Annual report of the Punjab Veterinary College and of the Civil Veterinary Department, Punjab - 1894-1908
Year: 1894
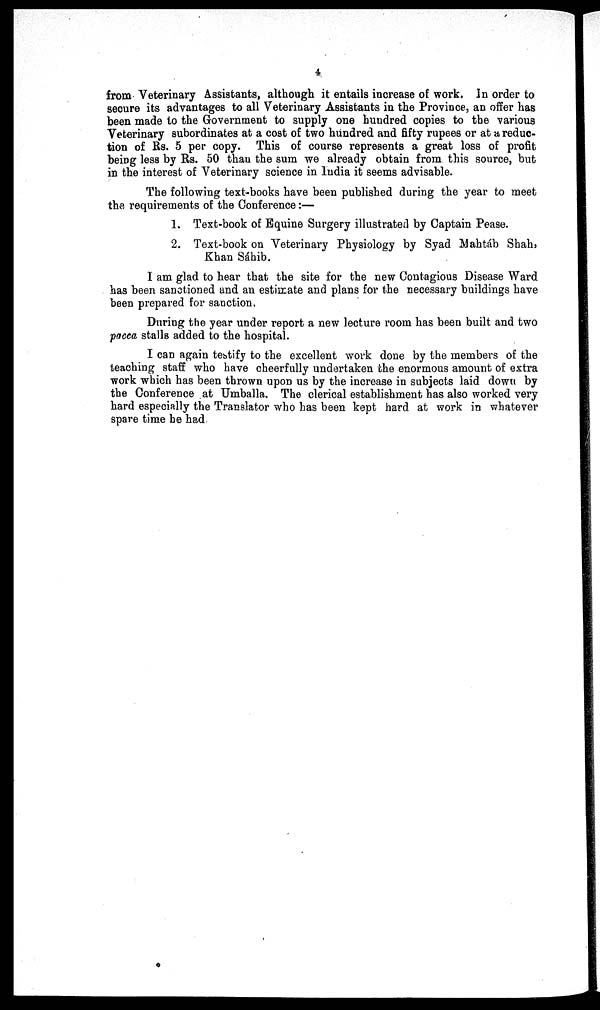
4
from Veterinary Assistants, although it entails increase of work. In order to
secure its advantages to all Veterinary Assistants in the Province, an offer has
been made to the Government to supply one hundred copies to the various
Veterinary subordinates at a cost of two hundred and fifty rupees or at a reduc-
tion of Rs. 5 per copy. This of course represents a great loss of profit
being less by Rs. 50 than the sum we already obtain from this source, but
in the interest of Veterinary science in India it seems advisable.
The following text-books have been published during the year to meet
the requirements of the Conference:—
1. Text-book of Equine Surgery illustrated by Captain Pease.
2. Text-book on Veterinary Physiology by Syad Mahtáb Shah,
Khan Sáhib.
I am glad to hear that the site for the new Contagious Disease Ward
has been sanctioned and an estimate and plans for the necessary buildings have
been prepared for sanction.
During the year under report a new lecture room has been built and two
pacca stalls added to the hospital.
I can again testify to the excellent work done by the members of the
teaching staff who have cheerfully undertaken the enormous amount of extra
work which has been thrown upon us by the increase in subjects laid down by
the Conference at Umballa. The clerical establishment has also worked very
hard especially the Translator who has been kept hard at work in whatever
spare time he had